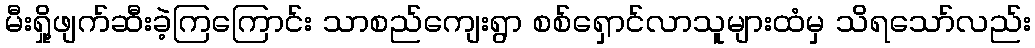
မီးရှို့ဖျက်ဆီးခဲ့ကြကြောင်း သာစည်ကျေးရွာ စစ်ရှောင်လာသူများထံမှ သိရသော်လည်း